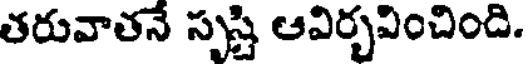
తరువాతనే సృష్టి ఆవిర్భవించింది.